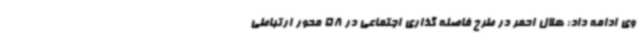
وی ادامه داد: هلال احمر در طرح فاصله گذاری اجتماعی در 58 محور ارتباطی